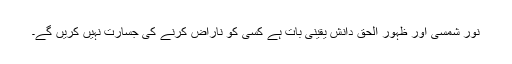
نور شمسی اور ظہور الحق دانش یقینی بات ہے کسی کو ناراض کرنے کی جسارت نہیں کریں گے۔